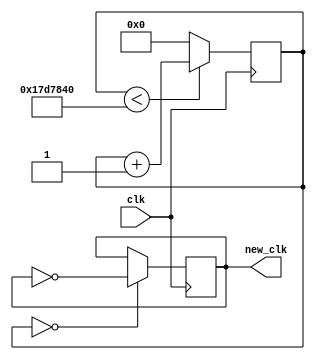
`timescale 1ns / 1ps
//////////////////////////////////////////////////////////////////////////////////
// Company: 
// Engineer: 
// 
// Design Name: 
// Module Name:    NEW_CLOCK 
// Project Name: 
// Target Devices: 
// Tool versions: 
// Description: 
//
// Dependencies: 
//
// Revision: 
// Revision 0.01 - File Created
// Additional Comments: 
//
//////////////////////////////////////////////////////////////////////////////////
module NEW_CLOCK(
    input clk,
    output reg new_clk
    );
reg [26:0] count;

always@(posedge clk)begin
	if(count < 25000000) count <= count +1;
	else count <= 0;
end

always@ (posedge clk)begin
	if(count == 0) new_clk <= ~new_clk;
	else  new_clk <= new_clk;
end


endmodule